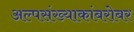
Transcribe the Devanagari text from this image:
अल्पसंख्याकांबरोबर